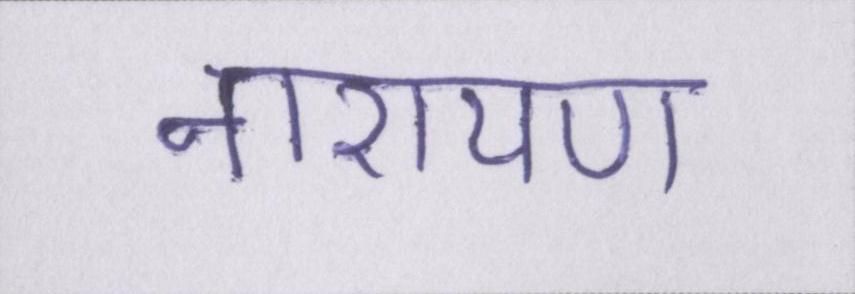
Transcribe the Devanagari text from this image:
नारायण